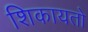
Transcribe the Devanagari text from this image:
शिकायतो